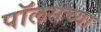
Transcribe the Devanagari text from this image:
पॉलसच्या